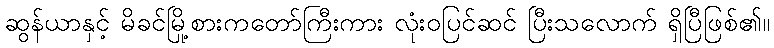
ဆွန်ယာနှင့် မိခင်မြို့စားကတော်ကြီးကား လုံးဝပြင်ဆင် ပြီးသလောက် ရှိပြီဖြစ်၏။